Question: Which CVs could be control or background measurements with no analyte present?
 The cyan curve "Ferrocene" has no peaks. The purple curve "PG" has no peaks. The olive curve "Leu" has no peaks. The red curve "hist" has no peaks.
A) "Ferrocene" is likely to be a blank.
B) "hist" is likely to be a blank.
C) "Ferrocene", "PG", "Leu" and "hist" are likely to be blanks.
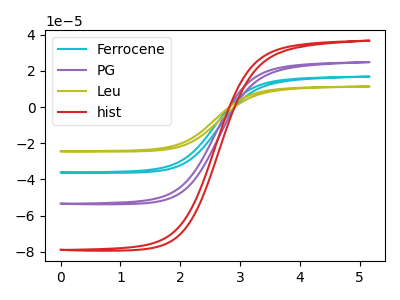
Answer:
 <answer>C) "Ferrocene", "PG", "Leu" and "hist" are likely to be blanks.</answer>
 <eval>C</eval>